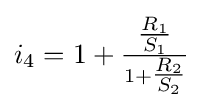
i_{4}=1+{\tfrac {\tfrac {R_{1}}{S_{1}}}{1+{\tfrac {R_{2}}{S_{2}}}}}